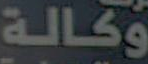
وكالة